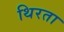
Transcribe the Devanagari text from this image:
थिरता